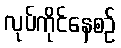
လုပ်ကိုင်နေစဉ်